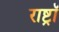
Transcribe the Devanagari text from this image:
राष्ट्रॉ